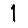
Digit: 1